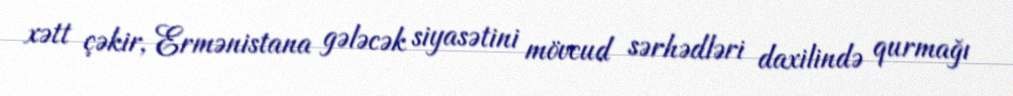
xətt çəkir, Ermənistana gələcək siyasətini mövcud sərhədləri daxilində qurmağı